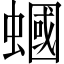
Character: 蟈